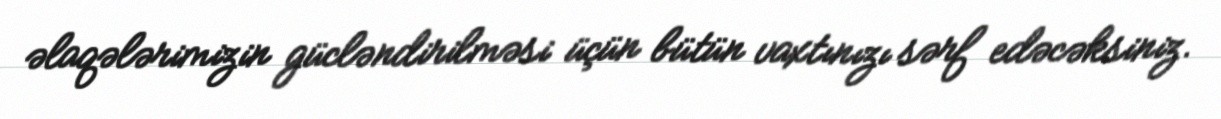
əlaqələrimizin gücləndirilməsi üçün bütün vaxtınızı sərf edəcəksiniz.